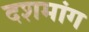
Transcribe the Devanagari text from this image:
दशमांग